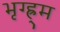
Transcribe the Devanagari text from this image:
भृग्ह्र्म